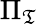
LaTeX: \Pi_{\mathfrak{T}}